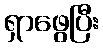
ရှာဖွေပြီး